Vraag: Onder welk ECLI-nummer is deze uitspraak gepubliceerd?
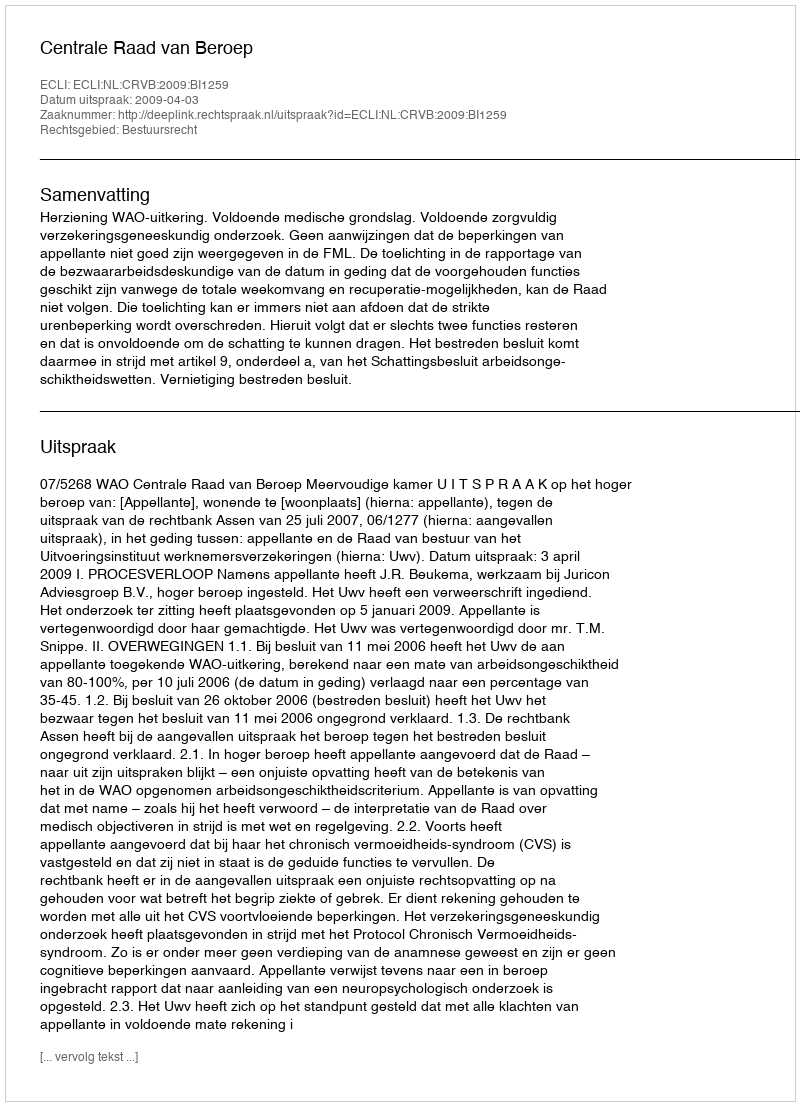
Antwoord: ECLI:NL:CRVB:2009:BI1259